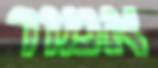
אמור